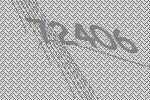
72406